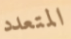
المتعدد